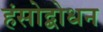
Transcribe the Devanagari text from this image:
हंसोद्बोधन